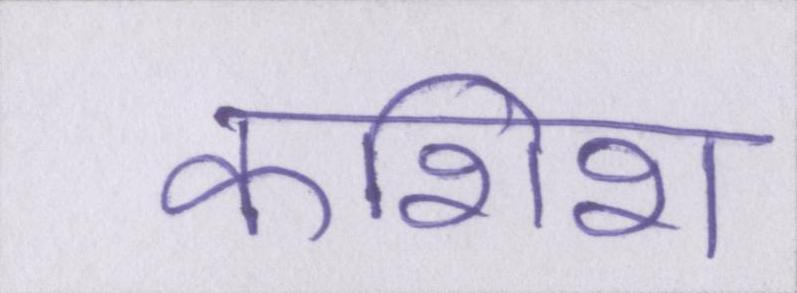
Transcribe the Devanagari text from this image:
कशिश